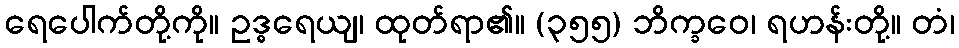
ရေပေါက်တို့ကို။ ဥဒ္ဓရေယျ၊ ထုတ်ရာ၏။ (၃၅၅) ဘိက္ခဝေ၊ ရဟန်းတို့။ တံ၊